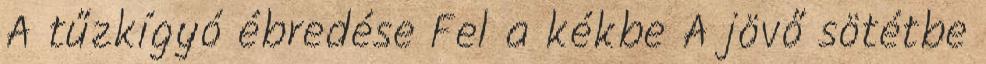
A tűzkígyó ébredése Fel a kékbe A jövő sötétbe